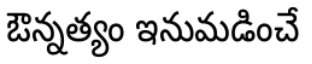
ఔన్నత్యం ఇనుమడించే